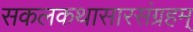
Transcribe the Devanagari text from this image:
सकलकथासारसंग्रहम्